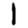
Digit: 1